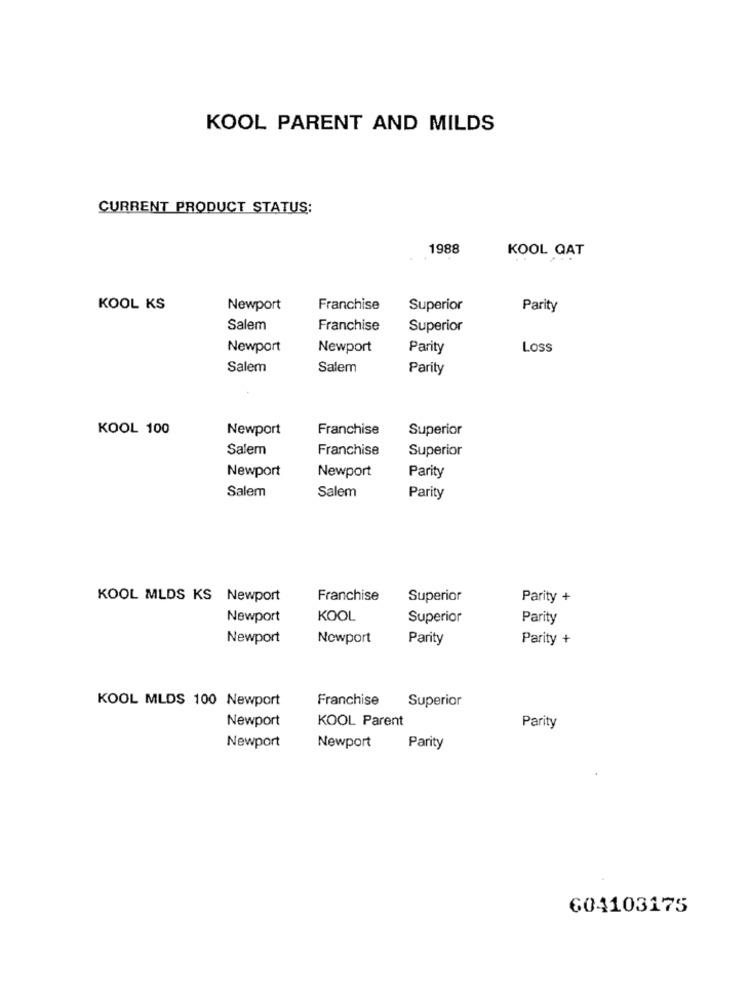
KOOL PARENT AND MILDS
CURRENT PRODUCT STATUS:
1988
KOOL QAT
KOOL KS
Newport
Franchise
Superior
Parity
Salem
Franchise
Superior
Newport
Newport
Parity
Loss
Salem
Salem
Parity
KOOL 100
Newport
Franchise
Superior
Salem
Franchise
Superior
Newport
Newport
Parity
Salem
Salem
Parity
KOOL MLDS KS Newport
Franchise
Superior
Parity +
Newport
KOOL
Superior
Parity
Newport
Nowport
Parity
Parity +
KOOL MLDS 100 Newport
Franchise Superior
Newport
KOOL Parent
Parity
Newport
Newport
Parity
604103175